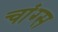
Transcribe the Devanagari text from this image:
चांग्स